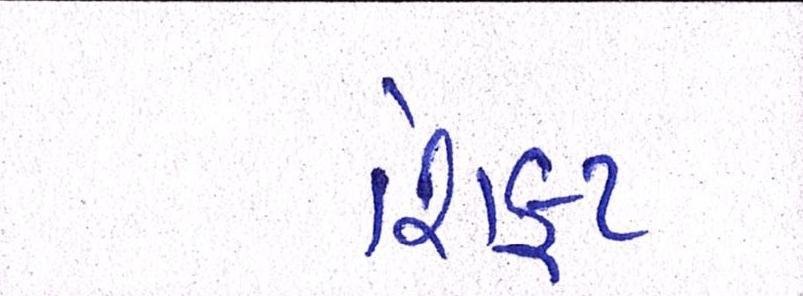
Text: શિફટ